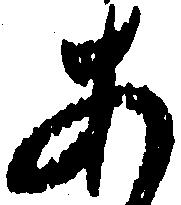
あ